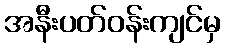
အနီးပတ်ဝန်းကျင်မှ